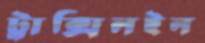
ট্রাক্সিলইন